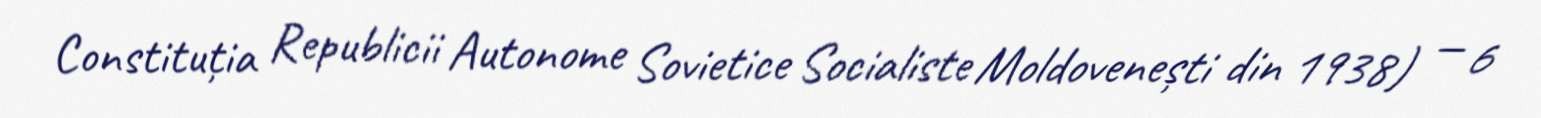
Constituția Republicii Autonome Sovietice Socialiste Moldovenești din 1938) — 6